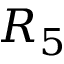
R _ { 5 }